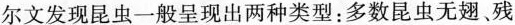
尔文发现昆虫一般呈现出两种类型：多数昆虫无翅、残